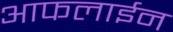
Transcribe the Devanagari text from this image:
आफलाईन